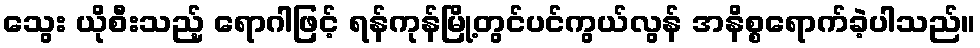
သွေး ယိုစီးသည့် ရောဂါဖြင့် ရန်ကုန်မြို့တွင်ပင်ကွယ်လွန် အနိစ္စရောက်ခဲ့ပါသည်။